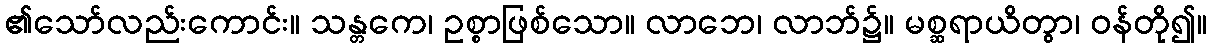
၏သော်လည်းကောင်း။ သန္တကေ၊ ဥစ္စာဖြစ်သော။ လာဘေ၊ လာဘ်၌။ မစ္ဆရာယိတွာ၊ ဝန်တို၍။